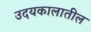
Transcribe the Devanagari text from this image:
उदयकालातील